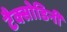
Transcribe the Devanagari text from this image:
टैक्सोडिनी